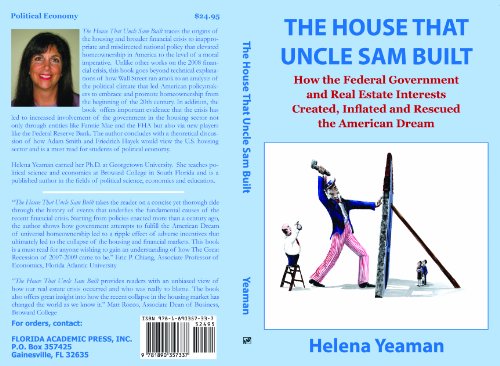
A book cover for The House that Uncle Sam Built (New Voices); Helena Yeaman; Business & Money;